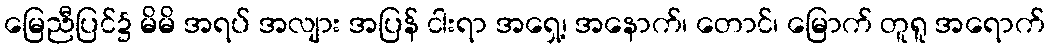
မြေညီပြင်၌ မိမိ အရပ် အလျား အပြန် ငါးရာ အရှေ့၊ အနောက်၊ တောင်၊ မြောက် တူရူ အရောက်